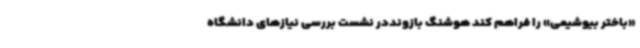
«باختر بیوشیمی» را فراهم کند هوشنگ بازونددر نشست بررسی نیازهای دانشگاه